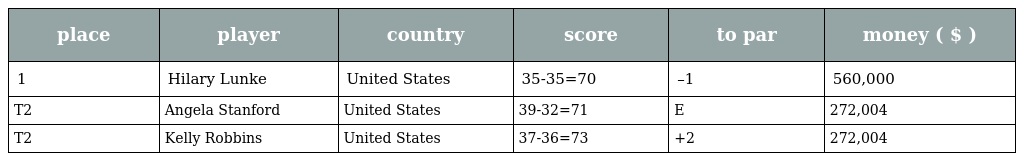
| place | player | country | score | to par | money ( $ ) |
 | --- | --- | --- | --- | --- | --- |
 | 1 | Hilary Lunke | United States | 35-35=70 | –1 | 560,000 |
 | T2 | Angela Stanford | United States | 39-32=71 | E | 272,004 |
 | T2 | Kelly Robbins | United States | 37-36=73 | +2 | 272,004 |